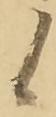
候